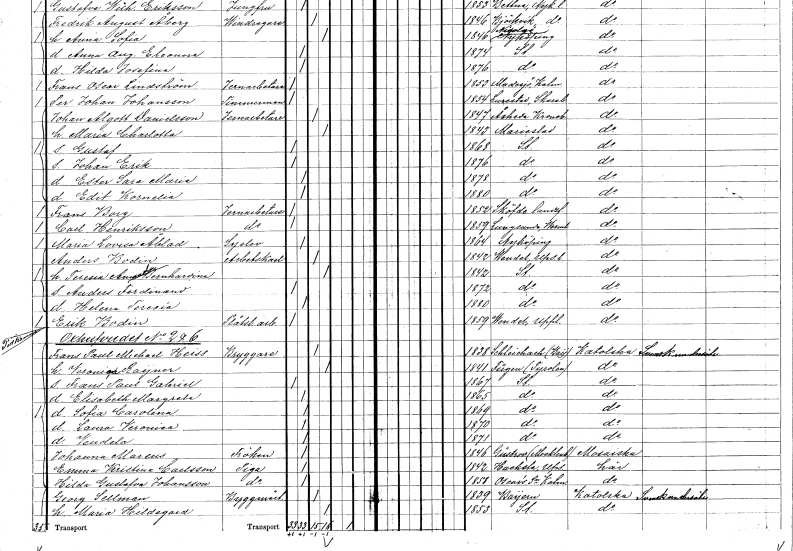
gt_parse: households: individuals: FN: Edit Kornelia
KON: K
CIV: O
FODAR: 1880
FODFORS: Stockholm
FN: Frans
EN: Borg
YRKE: Järnarbetare
KON: M
CIV: O
FODAR: 1852
FODFORS: Skövde landsförsamling Skaraborgs län
FN: Carl
EN: Henriksson
YRKE: Järnarbetare
KON: M
CIV: O
FODAR: 1859
FODFORS: Lungsund Värmlands län
FN: Maria Lovisa
EN: Åblad
YRKE: Syelev
KON: K
CIV: O
FODAR: 1864
FODFORS: Nyköping Södermanlands län
FN: Anders
EN: Bodin
YRKE: Arbetskarl
KON: M
CIV: G
FODAR: 1842
FODFORS: Vendel Uppsala län
FN: Teresia Amanda Bernhardina
KON: K
CIV: G
FODAR: 1842
FODFORS: Stockholm
FN: Anders Ferdinand
KON: M
CIV: O
FODAR: 1872
FODFORS: Stockholm
FN: Helena Teresia
KON: K
CIV: O
FODAR: 1880
FODFORS: Stockholm
FN: Erik
EN: Bodin
YRKE: Plåtslageriarbetare
KON: M
CIV: O
FODAR: 1859
FODFORS: Vendel Uppsala län
FN: Frans Paul Michael
EN: Heiss
YRKE: Bryggare
KON: M
CIV: G
FODAR: 1838
FN: Veronica
EN: Raijner
KON: K
CIV: G
FODAR: 1841
FN: Frans Paul Gabriel
KON: M
CIV: O
FODAR: 1867
FODFORS: Stockholm
FN: Elisabeth Margreta
KON: K
CIV: O
FODAR: 1865
FODFORS: Stockholm
FN: Sofia Carolina
KON: K
CIV: O
FODAR: 1869
FODFORS: Stockholm
FN: Laura Veronica
KON: K
CIV: O
FODAR: 1870
FODFORS: Stockholm
FN: Vendela
KON: K
CIV: O
FODAR: 1871
FODFORS: Stockholm
FN: Johanna
EN: Mareus
KON: K
CIV: O
FODAR: 1846
FN: Emma Kristina
EN: Carlsson
YRKE: Piga
KON: K
CIV: O
FODAR: 1842
FODFORS: Hacksta Uppsala län
FN: Hilda Gustafva
EN: Johansson
YRKE: Piga
KON: K
CIV: O
FODAR: 1858
FODFORS: Oskar Kalmar län
FN: Georg
EN: Sellman
YRKE: Byggmästare
KON: M
CIV: G
FODAR: 1839
FN: Maria Hildegard
KON: K
CIV: G
FODAR: 1853
FODFORS: Stockholm